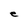
Character: e